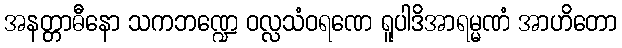
အနတ္တာဓီနော သကဘဏ္ဍေ ဝလ္လသံဝရဏေ ရူပါဒိအာရမ္မဏံ အာဟိတော